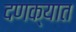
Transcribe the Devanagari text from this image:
दणक्यात